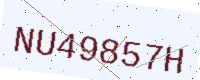
Text: NU49857H